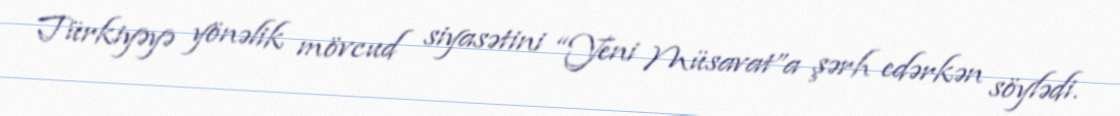
Türkiyəyə yönəlik mövcud siyasətini “Yeni Müsavat”a şərh edərkən söylədi.